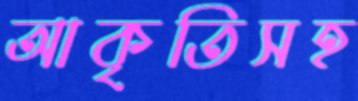
আকৃতিসহ